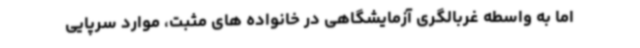
اما به واسطه غربالگری آزمایشگاهی در خانواده های مثبت، موارد سرپایی